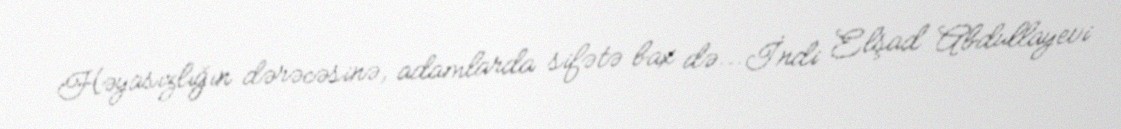
Həyasızlığın dərəcəsinə, adamlarda sifətə bax də...İndi Elşad Abdullayevi